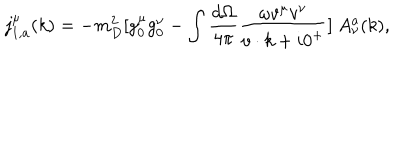
LaTeX: j _ { 1 , a } ^ { \mu } ( k ) = - m _ { D } ^ { 2 } [ g _ { 0 } ^ { \mu } g _ { 0 } ^ { \nu } - \int { \frac { d \Omega } { 4 \pi } } { \frac { \omega v ^ { \mu } v ^ { \nu } } { v \cdot k + i 0 ^ { + } } } ] \ A _ { \nu } ^ { a } ( k ) ,